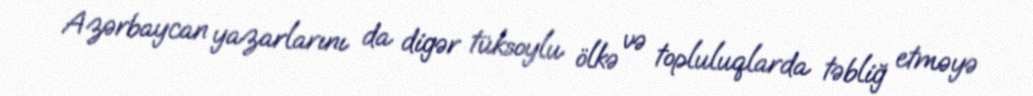
Azərbaycan yazarlarını da digər tüksoylu ölkə və top­luluqlarda təbliğ etməyə